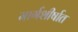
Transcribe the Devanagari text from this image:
मार्गशीर्षात